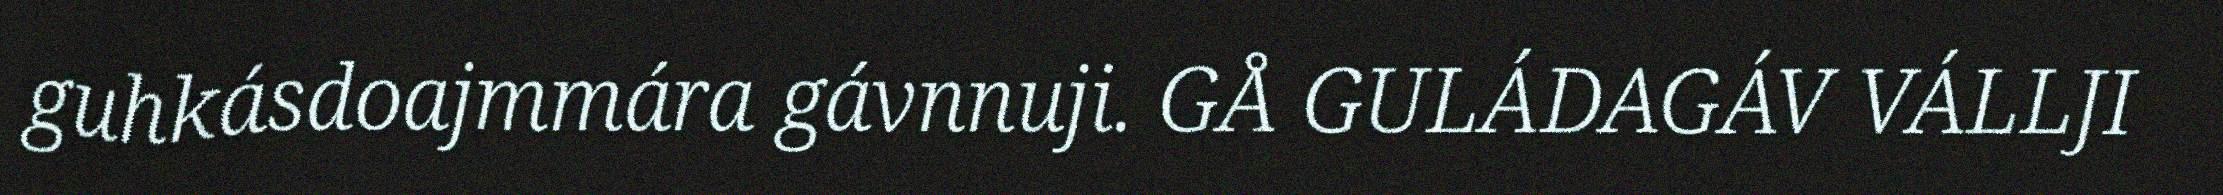
guhkásdoajmmára gávnnuji. GÅ GULÁDAGÁV VÁLLJI